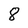
Character: 8